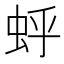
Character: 𫊯